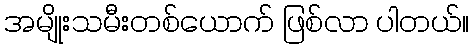
အမျိုးသမီးတစ်ယောက် ဖြစ်လာ ပါတယ်။